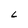
Character: L